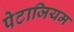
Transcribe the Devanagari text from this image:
पेटाजियम